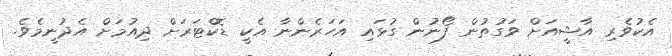
އެކުވެރި އާޝީއަށް ވަގުތުން ފޯނުން ގުޅައި އަހަރެންނާ އެކީ ޑޮކްޓަރަށް ދިއުމަށް އެދުނީމެވެ.